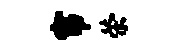
帘荣